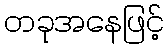
တခုအနေဖြင့်